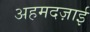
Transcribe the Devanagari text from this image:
अहमदज़ाई